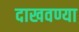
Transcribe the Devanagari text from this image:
दाखवण्या